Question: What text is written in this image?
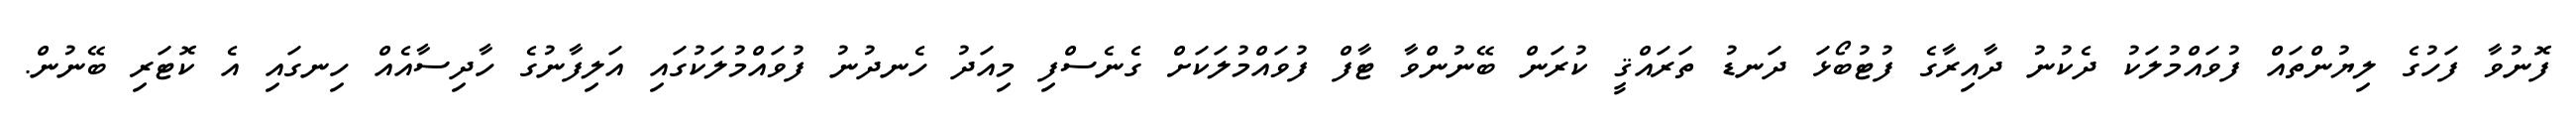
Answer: ފޮނުވާ ފަހުގެ ލިޔުންތައް ފުވައްމުލަކު ދެކުނު ދާއިރާގެ ފުޓުބޯޅަ ދަނޑު ތަރައްޤީ ކުރަން ބޭނުންވާ ޓާފް ފުވައްމުލަކަށް ގެނެސްފި މިއަދު ހެނދުނު ފުވައްމުލަކުގައި އަލިފާނުގެ ހާދިސާއެއް ހިނގައި އެ ކޮޓަރި ބޭނުން.